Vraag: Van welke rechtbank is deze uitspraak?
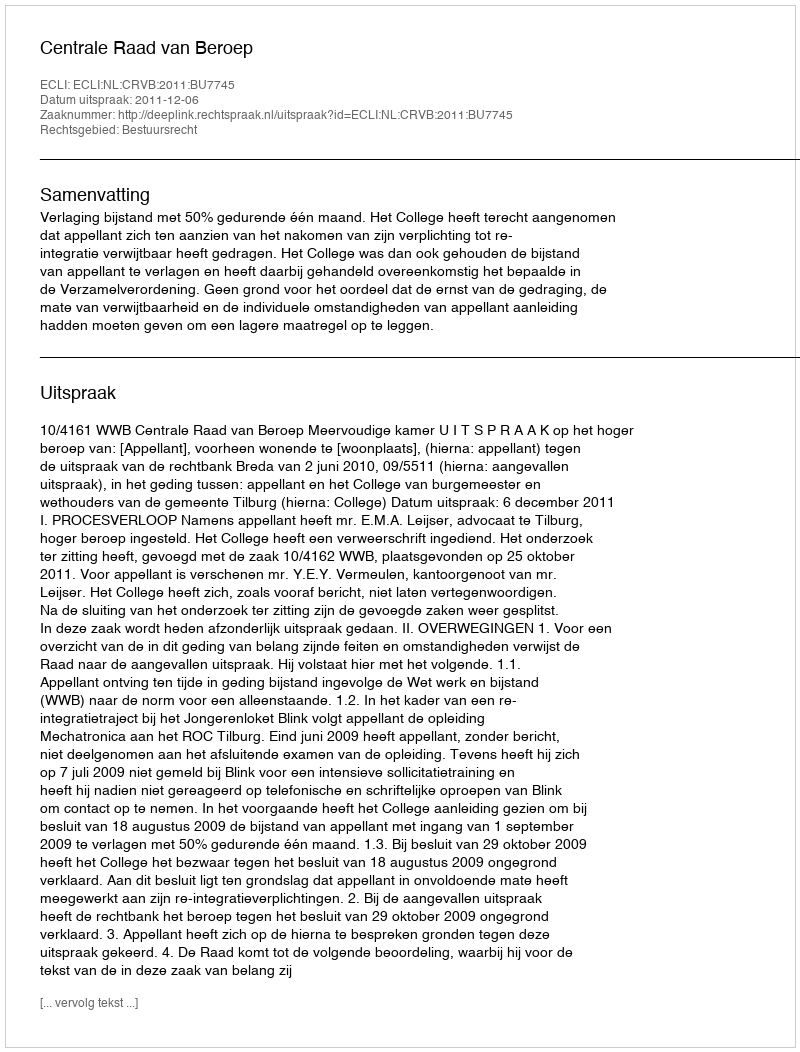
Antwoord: Centrale Raad van Beroep